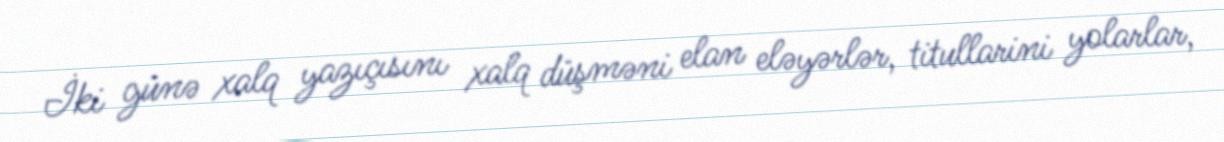
İki günə xalq yazıçısını xalq düşməni elan eləyərlər, titullarini yolarlar,